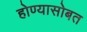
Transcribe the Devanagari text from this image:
होण्यासोबत